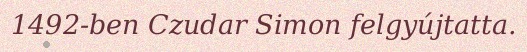
1492-ben Czudar Simon felgyújtatta.